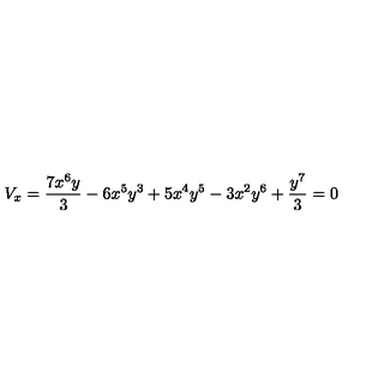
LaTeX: V _ { x } = { \frac { 7 { x ^ { 6 } } y } { 3 } } - 6 { x ^ { 5 } } { y ^ { 3 } } + 5 { x ^ { 4 } } { y ^ { 5 } } - 3 { x ^ { 2 } } { y ^ { 6 } } + { \frac { { y ^ { 7 } } } { 3 } } = 0